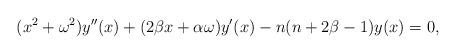
LaTeX: \begin{align*}(x^2+\omega^2)y''(x)+(2\beta x+\alpha \omega)y'(x)-n(n+2\beta-1)y(x)=0,\end{align*}